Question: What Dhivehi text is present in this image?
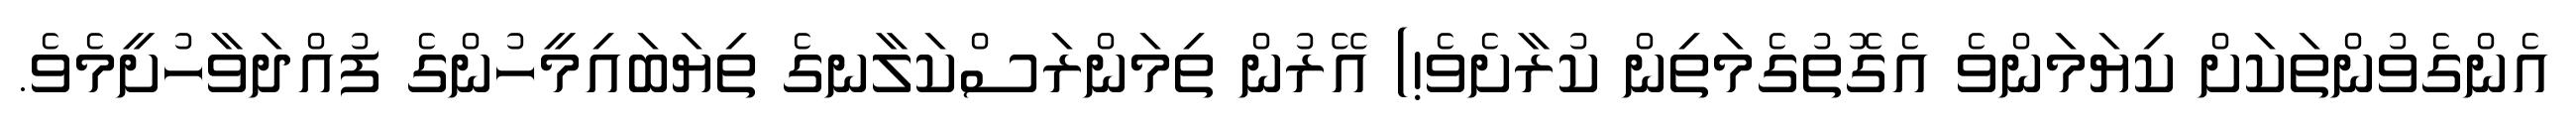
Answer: އެންގެވުންތަކަށް ކިޔަމަންވެ އެގޮތުގެމަތިން ކުރާށެވެ!) އޭރުން ތިމަންރަސްކަލާނގެ ތިޔަބައިމީހުންގެ ފުއްދަވާހުށީމެވެ.